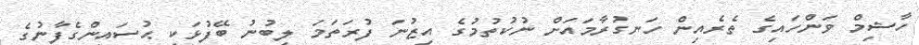
ހާޝިމް ވަންހައިގެ ތެރެއިން ހަނގުރާމައަށް ނުކުތުމުގެ އިޒުނަ ފުރަތަމަ ލިބުނު ބޭފުޅަކީ ޙުސައިންގެފާނުގެ